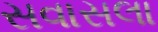
સવાસલા